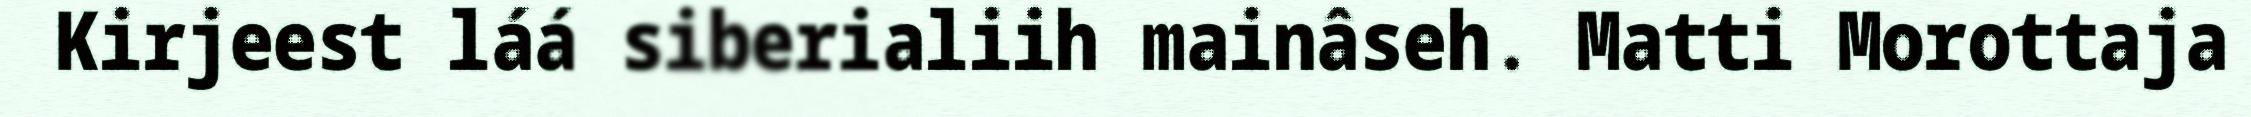
Kirjeest láá siberialiih mainâseh. Matti Morottaja